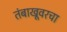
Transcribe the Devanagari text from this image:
तंबाखूवरचा